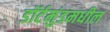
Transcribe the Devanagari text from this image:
डॉर्टमुंडमधील